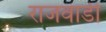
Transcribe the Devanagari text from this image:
राजवाडी